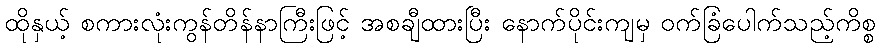
ထိုနှယ့် စကားလုံးကွန်တိန်နာကြီးဖြင့် အစချီထားပြီး နောက်ပိုင်းကျမှ ဝက်ခြံပေါက်သည့်ကိစ္စ